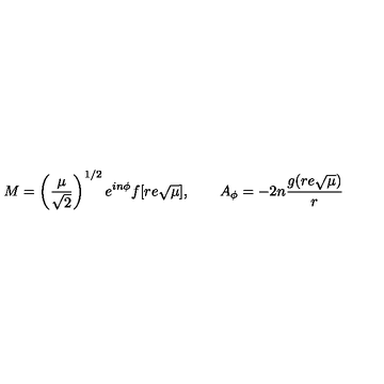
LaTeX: M = \left( \frac { \mu } { \sqrt { 2 } } \right) ^ { 1 / 2 } e ^ { i n \phi } f [ r e \sqrt { \mu } ] , \qquad A _ { \phi } = - 2 n \frac { g ( r e \sqrt { \mu } ) } { r }